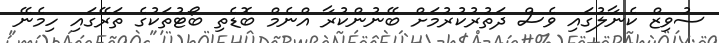
ސުވިޒް ކެނާލުގައި ވެސް ދަތުރުކުރުމަށް ބޭނުންކުރާ އްނެމް ބޮޑެތި ބޯޓުތަކުގެ ތަރޭގައި ހިމެނޭ